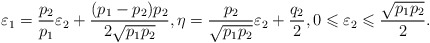
\begin{align*}\varepsilon_1=\frac{p_2}{p_1}\varepsilon_2+\frac{(p_1-p_2)p_2}{2\sqrt{p_1p_2}}, \eta=\frac{p_2}{\sqrt{p_1p_2}}\varepsilon_2+\frac{q_2}{2}, 0\leqslant\varepsilon_2\leqslant\frac{\sqrt{p_1p_2}}{2}.\end{align*}